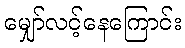
မျှော်လင့်နေကြောင်း